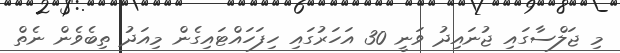
މި ޖަލްސާގައި ޖުނައިދު ވަނީ 30 އަހަރުގައި ހިފަހައްޓައިގެން މިއަދު ތިބެވެން ނެތް